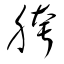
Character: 胯